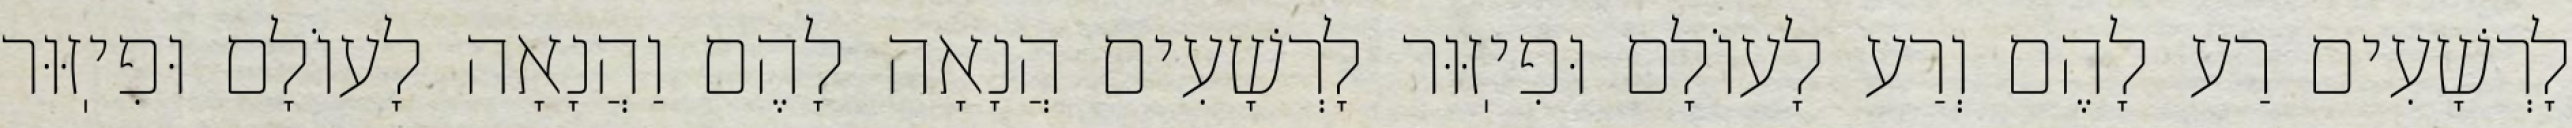
לָרְשָׁעִים רַע לָהֶם וְרַע לָעוֹלָם וּפִיֽזּוּר לָרְשָׁעִים הֲנָאָה לָהֶם וַהֲנָאָה לָעוֹלָם וּפִיֽזּוּר